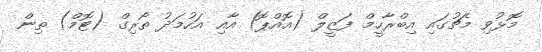
މޮޅުވި މެޗުގައި އިބްރާހީމް ފަޒީލް (އޮއްޕޮ) އާއި އަހުމަދު ތޯރިގް (ޓޮމް) ތިން